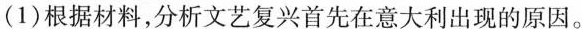
(1)根据材料，分析文艺复兴首先在意大利出现的原因。